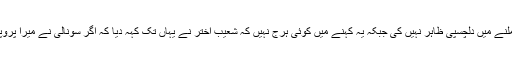
لیکن اس کے بعد سونالی نے دوبارہ ان سے ملنے میں دلچسپی ظاہر نہیں کی جبکہ یہ کہنے میں کوئی ہرج نہیں کہ شعیب اختر نے یہاں تک کہہ دیا کہ اگر سونالی نے میرا پروپوزل قبول نہ کیا تو میں اسے اغوا کر لوں گا۔